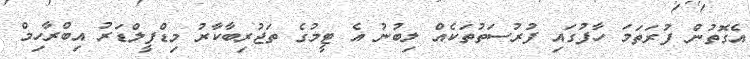
އެގޮތުން ފުރަތަމަ ހާފުގައި ފުރުސަތުތަކެއް ލިބުނު އެ ޓީމުގެ ތަޖުރިބާކާރު މިޑްފީލްޑަރު އިބްރާހިމް